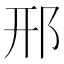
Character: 邢